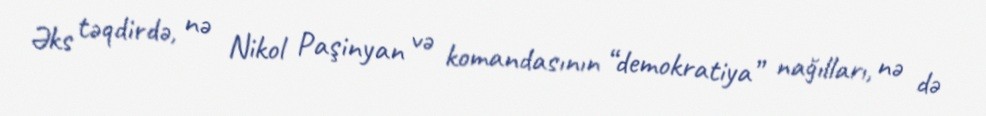
Əks təqdirdə, nə Nikol Paşinyan və komandasının “demokratiya” nağılları, nə də